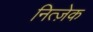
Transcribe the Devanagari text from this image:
नित्ज़ेक